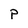
Character: P